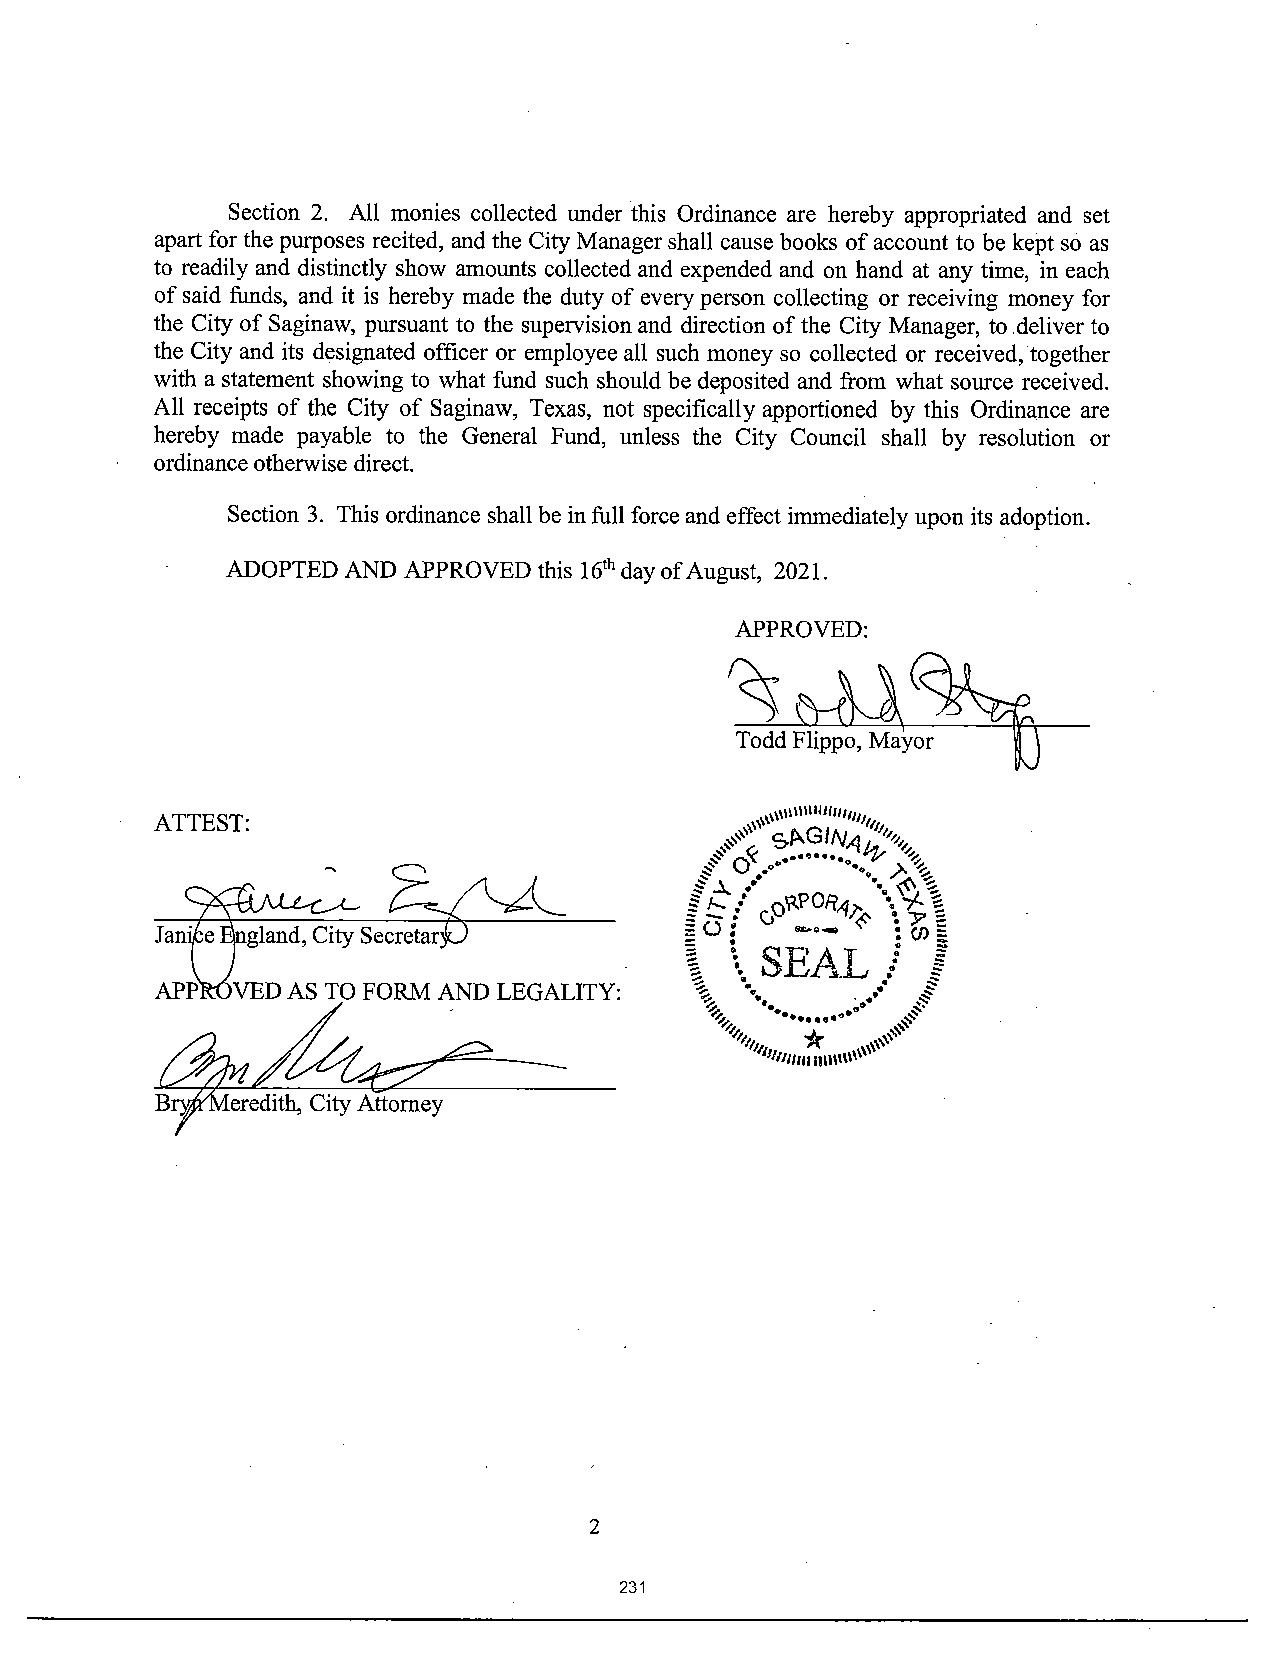
Section 2. All monies collected under this Ordinance are hereby appropriated and set
 apart for the purposes recited, and the City Manager shall cause books ofaccount to be kept so as
 to readily and distinctly show amounts collected and expended and on hand at any time, in each
 of said funds, and it is hereby made the duty of every person collecting or receiving money for
 the City of Saginaw, pursuant to the supervision and direction ofthe City Manager, to deliver to
 the City and its designated officer or employee all such money so collected or received, together
 with a statement showing to what fund such should be deposited and from what source received.
 All receipts of the City of Saginaw, Texas, not specifically apportioned by this Ordinance are
 hereby made payable to the General Fund, unless the City Council shall by resolution or
 ordinance otherwise direct.
 Section 3. This ordinance shall be infull force and effect immediatelyupon its adoption.
 ADOPTED AND APPROVED this 16thdayofAugust, 2021.
 APPROVED:
 IW
 Todd Flippo, Mayor 11
 1 u u11uun0/
 ATTEST:                                00,      4
 Jan' e IIgland, City Secretar                    o G
 SEA.LZ.
 APP' • VED AS TO FORM AND LEGALITY: o
 A          /
 B `  eredith, City Attorney
 2
 231